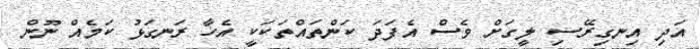
އަދި އިނގިރޭސި ލީގަށް ވެސް އެފަދަ ކަންތައްތަކަކީ އެހާ ރަނގަޅު ކަމެއް ނޫން